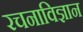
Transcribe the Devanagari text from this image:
रचनाविज्ञान